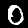
Digit: 0